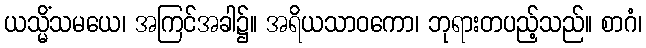
ယသ္မိံသမယေ၊ အကြင်အခါ၌။ အရိယသာဝကော၊ ဘုရားတပည့်သည်။ စာဂံ၊